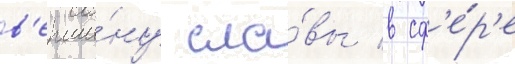
в'ерши́ну сла́вы в сф'е́р'е